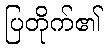
ပြတိုက်၏